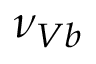
\nu _ { V b }